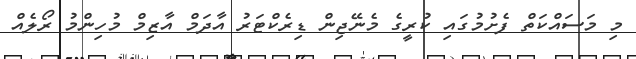
މި މަސައްކަތް ފެށުމުގައި ކުރީގެ މެނޭޖިން ޑިރެކްޓަރު އާދަމް އާޒިމް މުހިންމު ރޯލެއް